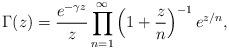
LaTeX: \begin{align*} \Gamma(z)=\frac{e^{-\gamma z}}{z} \prod_{n=1}^{\infty}\left(1+\frac{z}{n}\right)^{-1}e^{z/n}, \end{align*}